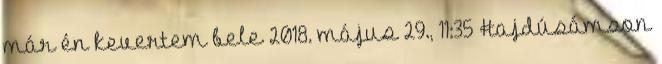
már én kevertem bele 2018. május 29., 11:35 ‎Hajdúsámson